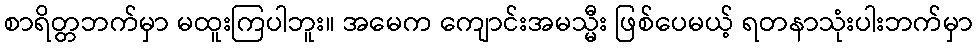
စာရိတ္တဘက်မှာ မထူးကြပါဘူး။ အမေက ကျောင်းအမသ္မီး ဖြစ်ပေမယ့် ရတနာသုံးပါးဘက်မှာ